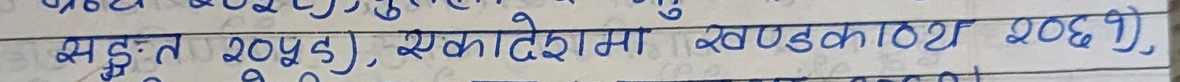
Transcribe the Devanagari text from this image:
सङ्घत २०५३), एकदेशमा खण्डका०२ २६१),